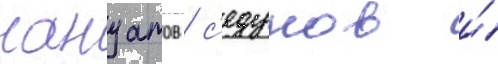
нануатов / с'едунов и́